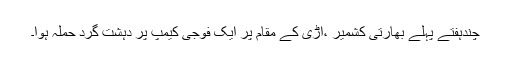
چندہفتے پہلے بھارتی کشمیر ،اُڑی کے مقام پر ایک فوجی کیمپ پر دہشت گرد حملہ ہوا۔